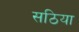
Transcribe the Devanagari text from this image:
सठिया